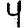
Digit: 4